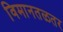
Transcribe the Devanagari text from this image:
विमानतळतर